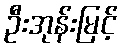
ဦးအုန်းမြင့်